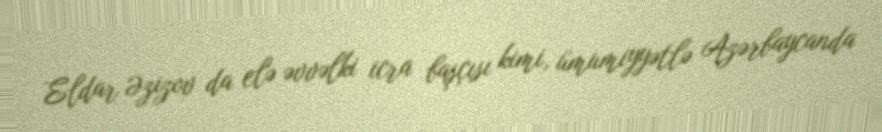
Eldar Əzizov da elə əvvəlki icra başçısı kimi, ümumiyyətlə Azərbaycanda